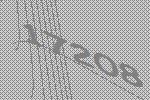
17208